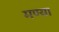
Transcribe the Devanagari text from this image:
मण्या